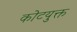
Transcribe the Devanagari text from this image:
कोटयुक्त